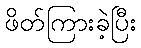
ဖိတ်ကြားခဲ့ပြီး